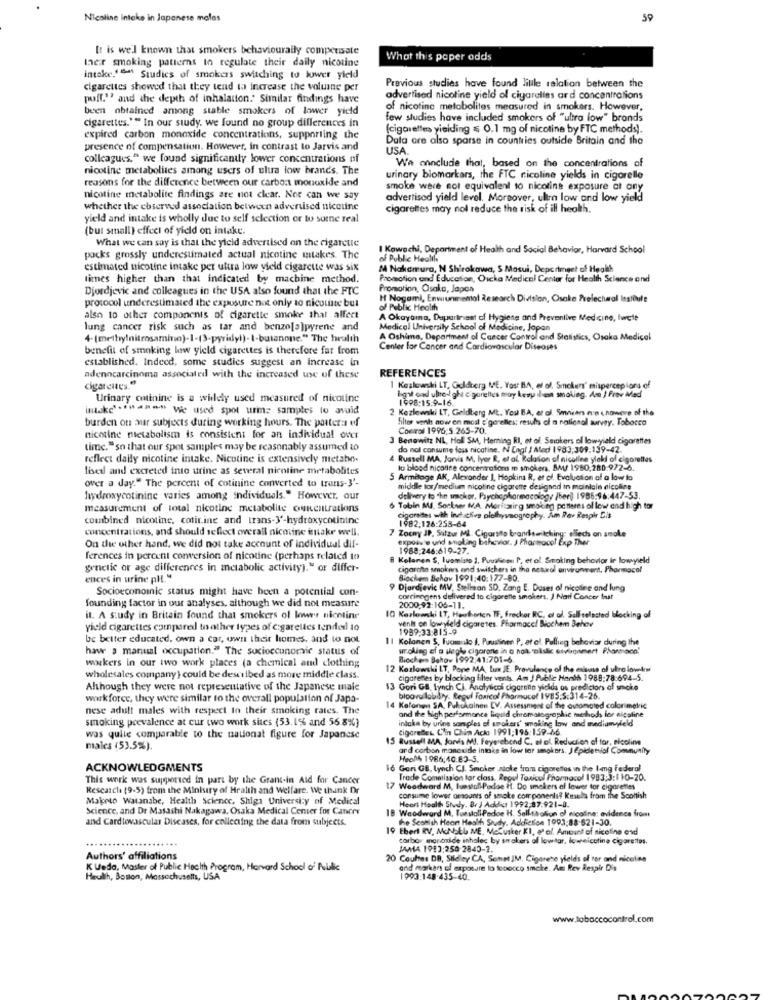
Nicoline Intake in Japanese malas
59
It is well known that smokers behaviourally compensate
ther smoking patterns to regulate their daily nicotine
What this paper odds
intake." "" Studies of smokers switching to lower yield
cigarettes showed that they tend to increase the voluine per
Previous studies have found liule relation between the
puff."? and the depth of inhalaiton.' Similar findings have
advertised nicoline yield of cigarelins ard concentrations
been obtained among stable smokers of lower yield
of nicotine metabolites measured in smokers. However,
cigarettes."" In our study. we found no group differences in
few studies have included smokers of "ultra low" brands
(cigarettes yielding = 0.1 mg of nicotine by FTC methods).
expired carbon monoxide concentrations, supporting the
Data are also sparse in countries outside Britain and the
presence of compensation. However, in contrast to Jarvis and
USA
colleagues." we found significantly lower concentrations of
Wa ainclude that, based on the concentrations of
nicotine metabolites among users of ulua low brands. The
reasons for the difference between our carbon monoxide and
urinary biomarkars, the FTC nicoline yields in cigorelle
smoke were not equivalent to nicotina exposure at any
nicotine metabolite findings are not clear. Nor can we say
advertised yield level. Moreover, ultra low and low yield
whether the ebserved association between advertised nicotine
cigarettes may nol reduce the risk of ill health.
yield and intake is wholly due to self selection or to some real
(but small) effect of yield on intake.
What we can say is that the yield advertised on the cigarette
I Kowechi, Department of Health and Social Behavior, Harvard School
packs grossly underestimated actual nicotine intakes. The
of Public Health
estimated nicotine intake per ultra low yield cigarette was six
M Nakamura, N Shirokawa, S Masui, Deperiment of Health
times higher than that indicated by machine method.
Promotion and Education, Oucka Medical Center for Health Science and
Djordjevic and colleagues in the USA also found that the FTC
Promotion, Osaka, Japon
H Nogami, Enwiunimental Research Division, Osake Pvelectural Iestoule
protocol underestimated the exposure not only to nicotine but
of Public Health
also to other components of cigarette smoke that affect
A Okayama, Department of Hygiene and Preventive Medicine, lurcte
lung cancer risk such as tar and benze[a]pyrene and
Medical University School of Medicine, Jopon
4-(methylnitrosamino)-1-(3-pyridyl)- I-butanone." The health
A Oshima, Department of Cancer Control and Statistics, Osaka Medical
benefit of smoking low yield cigarettes is therefore far from
Center for Cancer and Cardiovascular Diseases
established. Indeed, some studies suggest an increase in
adenocarcinoma associated with the increased use of these
REFERENCES
cigarettes."
1 Kozlowski LT, Goldberg ME. Yosr BA, el of. Smokers" mispercepiors of
Urinary cminine is a widely used measured of nicotine
bigil cad ulredd ghi c'garelles may kewy ilein smoking. Am I Frev Med
1998:15.9-16.
intake **** ***** We used spot urime samples to avoid
2 Kezlewski LT, Geldberg Mt. You B.A. et al. Smaivars en cnawere of the
burden on aur subjects during working hours. The pantera ef
filles wanh now en most e'gerelles; resul of a national survey. Tobocco
Cockrol 1996,5.265-70.
nicotine metabolism is consistent for an individual over
3 Benowitz NL, Holl SM, Herning RI, et of Smokers ol lowyield cigarettes
time."so that our spot samples may be reasonably assumed to
do noll consume fess nicotine. N Engl / Med 1983,309:139-42.
reflect dally nicotine intake. Nicotine is extensively metatw>.
Russell MA. Jarvis M, lyer R, et al. Relation of nicoline ylaki of cigarettes
lised and excreted into urine as several nicotine metabolites
lu blood nicotine concentrations mn smokena, BA/ 1980,280.972-6.
over a day." The percent of cotinine converted to trans-3'-
5 Armitage AK, Alexander 1, Hopkins R, et of. Evaluation of a low to
middle tor/medium nicotine cigarette designed in mainlale nicoline
hydroxycotinine varies among individuals." However, our
delivery to "he smackor, Psychopharmacology /ber)) 1986:96:447-53.
measurement of total nicotine metabolite ourentrations
6 Tobin Ml. Sorkser MA. Moritzirg smoking patterns of low and high tor
combined nicotine, cotir.ine and trans-3'-hydroxycotininc
1982.126:253-64
igorates with inch cles plethysnography. Am Per Respir Cis
concentrations, and should reflect overall nicotine intake well.
7 Zocny JP, Sitzur ML. Cigarsito branswitching: elleds on smoke
expoav'e und smoking bihavior. J Pharmaco! Exp Ther
On the other hand, we did not take account of individual dif-
1988:246:619-27.
ferences in percent conversion of nicotine (perhaps related to
B Kelanen S, luamisto 1, Puualice P, et ol Smoking behavior ir lowyield
genetic or age differences in metabolic activityj." or differ-
cigarcito smokers and switchers in the netwal environment, Pharmacol
ences in urine pl. "
Biochem Behov 1991:40:177-80.
Socioeconomic status might have been a potential con-
9 Djordjevic MV, Stellan SD. Zang E. Doses ol nicoline and lung
founding factor in our analyses, although we did not measure
corrimogens delivered to cigarette smokers. J Nail Concer but
2000.92:106-11.
il. A study in Britain found that smokers of lower nicotine
10 Kozlowski IT, Heutorten TF, Freckor RC, et al. Solltelasted blocking of
yield cigarettes compared to other types of cigarettes tendeil 10
vents on lowyield cigaretes. Pharmaco! Biochem Behov
1989-33-815-9
be better educated. own a car, own their homes, and to not
11 Kolonen S, Fuomolo J. Pruslinen P, et al. Pelling behavior during the
haw a manual occupation." The sucioccunomic status of
ur.oling ef a siggle cigarons in a nok plslic envioumert Pharmaco
Biockers Behov 1992,41:701-6
wakers in our iwo work places (a chemical and clothing
12 Kozlowski LT, Pone MA, Lux JE. Provulance of the exbuss of utro lowkw
wholesales company ) could be described as more middle class
cigarettes by blocking filter vents. Am J Public Hanth 1988:78-694-5.
Although they were not representative of the Japanese male
13 Gori GB. lynch CJ. Analytical cigarenn yicida os predictors of smoke
wwwkforce, they were similar to the overall population of Japa-
bicavallobily. Regul Toxicol Pharmacol 1985,5:314-26.
nese adult males with respect to their smoking rates. The
14 Kelonw SA, Pukokainen [V, Assessment of the automated colorimetric
and the high performance liquid chromatographic methods for alcaline
smoking prevalence at cur two work sites (53.1% and 56 8%)
intaka by urine samples of smokers' smoking low and mediumyield
Cigarettes L'in Chin Acko 1991:196:159-66
was quite comparable to the nationat figure for Japanese
15 Russell MA, Jords MI. Feyerabend C. el al. Reduction of tor, nicoline
males (53.5%).
and carbon monoxide intake in low tar smokers. JEpidettiof Community
Heal4, 1986:40:83-5.
ACKNOWLEDGMENTS
16 Gari GB. Lynch CJ. Smoker atoke from cigarettes in the Img Federal
This work was supported in part by the Grant-in Ald for Cancer
Trade Commission tar class, Regul Toxicol Pharmacol 1983:3:1 10-20.
Research (9-5) from the Ministry of Health and Welfare. We thank Dr
17 Woodward M, Iunstoll-Podce it. Do smokers of lower tor cigarettes
Makoto Watanabe, Health Science, Shigs University of Medical
consume lower amounts of smoke components? Kesels from the Scottish
Science, and Dr Masashi Nakagawa, Osaka Medical Center for Cancer
18 Woodward M. TunstallPadoe H. Sellthotion of nicotine: evidence from
Heart Health Study. Br / Added 1992-87.921-0.
and Cardiovascular Diseases, for collecting the data from subjects.
the Seamish Heon Health Study. Addiction 1993,88-621-30.
Ebert RV. MONStb ME. Mehusker KI, et al. Amount of nicotine and
..... ...
carbor anoncalde inhalec by strakers of lowtar, lownicotine cigarettes.
JAMA 1983:250-2840-1.
Authors' affiliations
20 Coules DB, Stidley CA, Sone JM, Cigarete yields of tor and nicolas
K Leda, Master of Public Health Program, Harvard School of Public
and marken of exposure to tooocco smoke. Am Rev Respir D's
Heulth, Boston, Massachusetts, USA
1993:148.435-40.
www.tobaccocontrol.com